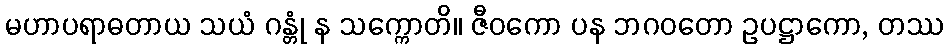
မဟာပရာဓတာယ သယံ ဂန္တုံ န သက္ကောတိ။ ဇီဝကော ပန ဘဂဝတော ဥပဋ္ဌာကော, တဿ